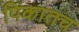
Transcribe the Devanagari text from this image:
पिकातच